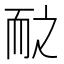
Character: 𱍽